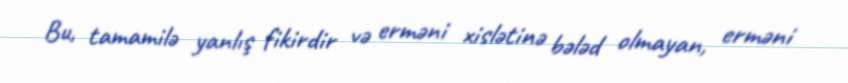
Bu, tamamilə yanlış fikirdir və erməni xislətinə bələd olmayan, erməni